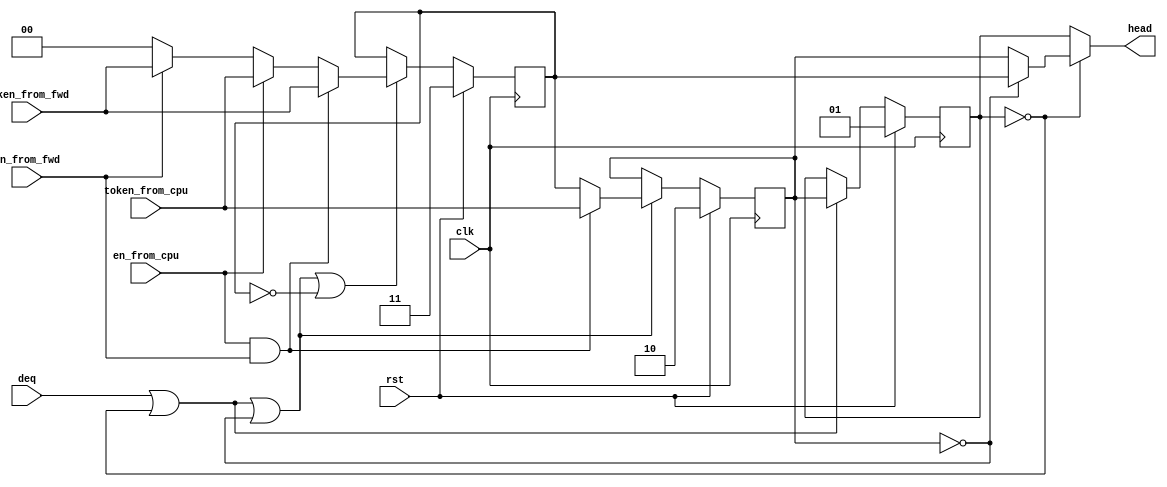
//Copyright 2020 Marco Merlini. This file is part of the fpga-bpf project,
//whose license information can be found at 
//https://github.com/UofT-HPRC/fpga-bpf/blob/master/LICENSE

`timescale 1ns / 1ps

/*

snqueue.v

Implements a queue for the snooper module. This is one of the three queues used 
in p3ctrl.v (refer to that file for details) 

*/


module snqueue (
	input wire clk,
	input wire rst,

	input wire [1:0] token_from_cpu,
	input wire en_from_cpu,
	input wire [1:0] token_from_fwd,
	input wire en_from_fwd,
	input wire deq,
	
	output wire [1:0] head
);

reg [1:0] first = 2'b01, second = 2'b10, third = 2'b11;
wire [1:0] first_n, second_n, third_n;

wire [1:0] incoming;
assign incoming = (en_from_cpu) ? token_from_cpu : ((en_from_fwd) ? token_from_fwd : 0);

assign first_n = second;
assign second_n = (en_from_cpu && en_from_fwd) ? token_from_cpu : third;
assign third_n = (en_from_cpu && en_from_fwd) ? token_from_fwd : incoming;

always @(posedge clk) begin
	if (rst) begin
		first = 2'b01;
		second = 2'b10;
		third = 2'b11;
	end else begin
		//This feels like it can be optimized somehow...
		if (deq || (first == 0)) begin
			first <= first_n;
		end
		if (deq || (first == 0) || (second == 0)) begin
			second <= second_n;
		end
		if (deq || (first == 0) || (second == 0) || (third == 0)) begin
			third <= third_n;
		end
	end
end

//Output
assign head = (first == 0) ? ((second == 0) ? third : second) : first;

endmodule